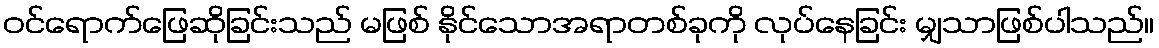
ဝင်ရောက်ဖြေဆိုခြင်းသည် မဖြစ် နိုင်သောအရာတစ်ခုကို လုပ်နေခြင်း မျှသာဖြစ်ပါသည်။